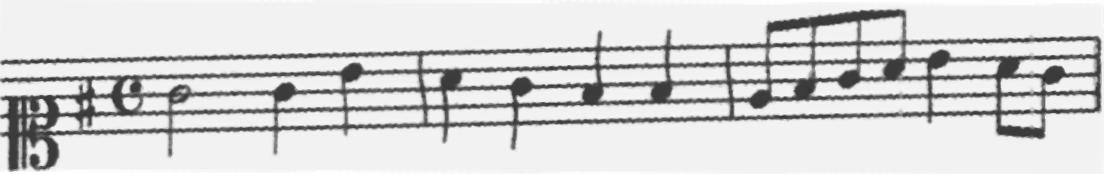
Transcription: clef-C1 keySignature-GM timeSignature-C note-G4_half note-G4_quarter note-B4_quarter barline note-A4_quarter note-G4_quarter note-F#4_quarter note-F#4_quarter barline note-E4_eighth note-F#4_eighth note-G4_eighth note-A4_eighth note-B4_quarter note-A4_eighth note-G4_eighth barline